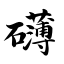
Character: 礴